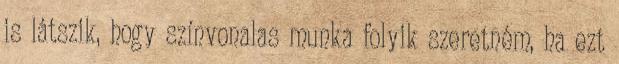
is látszik, hogy színvonalas munka folyik szeretném, ha ezt